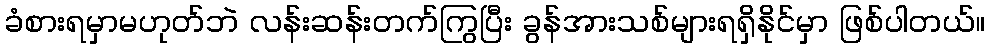
ခံစားရမှာမဟုတ်ဘဲ လန်းဆန်းတက်ကြွပြီး ခွန်အားသစ်များရရှိနိုင်မှာ ဖြစ်ပါတယ်။